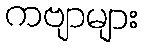
ကဗျာများ